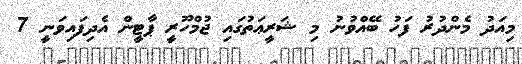
މިއަދު މެންދުރު ފަހު ބޭއްވުނު މި ޝަރީޢަތުގައި ޖުމްހޫރީ ޕާޓީން އެދިފައިވަނީ 7